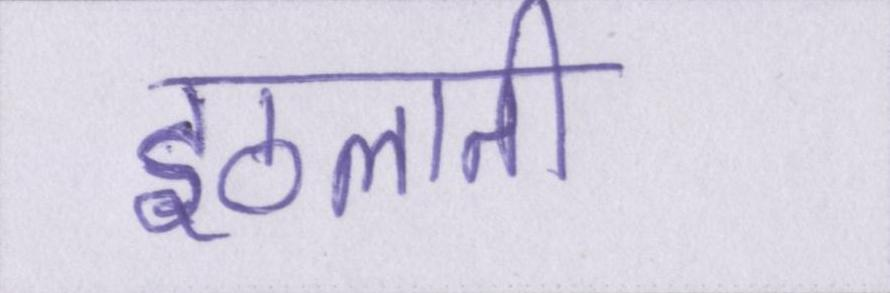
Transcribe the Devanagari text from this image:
इठलाती